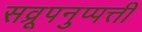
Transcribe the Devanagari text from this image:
सव्रूपनुप्पत्ती